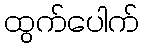
ထွက်ပေါက်